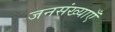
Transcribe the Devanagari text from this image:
जनसंख्याएँ